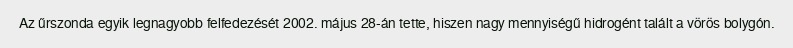
Az űrszonda egyik legnagyobb felfedezését 2002. május 28-án tette, hiszen nagy mennyiségű hidrogént talált a vörös bolygón.